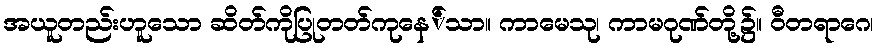
အယူတည်းဟူသော ဆိတ်ကိုပြုတတ်ကုနေ်သာ။ ကာမေသု၊ ကာမဂုဏ်တို့၌။ ဝီတရာဂေ၊